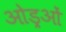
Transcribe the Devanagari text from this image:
ओड्रओं